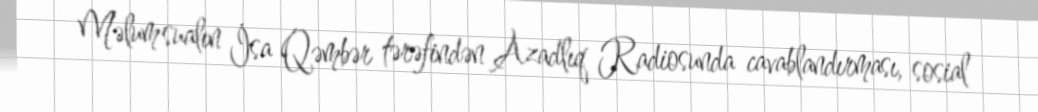
Məlum sualın İsa Qəmbər tərəfindən Azadlıq Radiosunda cavablandırması, sosial